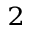
^ 2